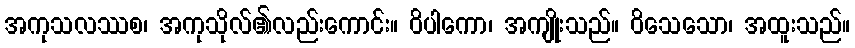
အကုသလဿစ၊ အကုသိုလ်၏လည်းကောင်း။ ဝိပါကော၊ အကျိုးသည်။ ဝိသေသော၊ အထူးသည်။